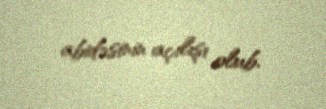
abidəsinin açılışı olub.